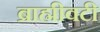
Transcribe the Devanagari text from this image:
ब्राह्मीवटी